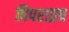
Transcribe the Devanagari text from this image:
पिपराइच